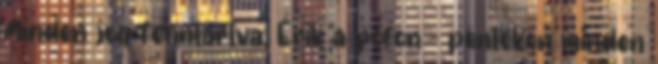
Minden jog fenntartva. Érik a pofon - pénteken minden